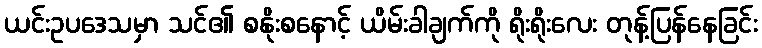
ယင်းဥပဒေသမှာ သင်၏ စနိုးစနောင့် ယိမ်းခါချက်ကို ရိုးရိုးလေး တုန့်ပြန်နေခြင်း